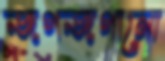
জগজগানো